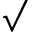
\surd